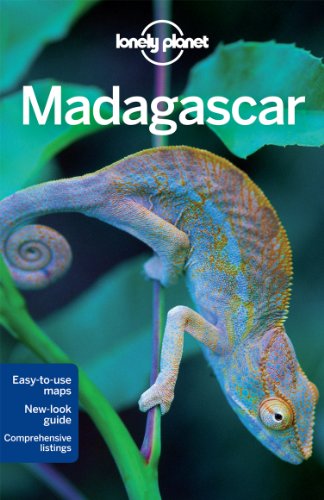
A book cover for Lonely Planet Madagascar (Travel Guide); Lonely Planet; Travel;